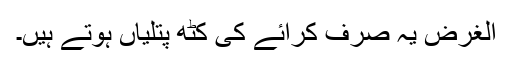
الغرض یہ صرف کرائے کی کٹھ پتلیاں ہوتے ہیں۔